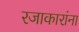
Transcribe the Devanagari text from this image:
रजाकारांना